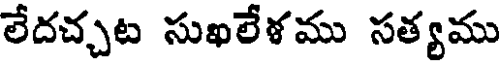
లేదచ్చట సుఖలేళము సత్యము